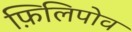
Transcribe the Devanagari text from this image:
फ़िलिपोव